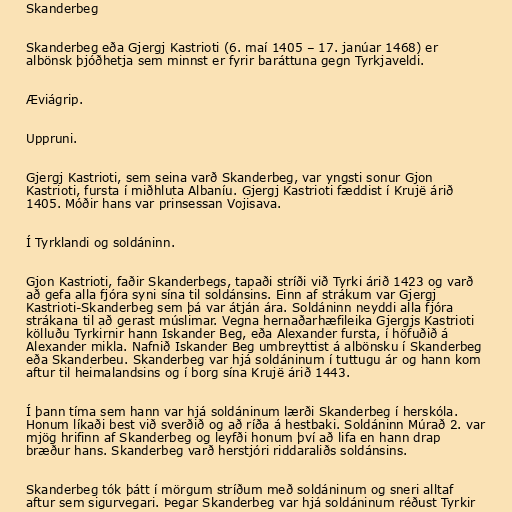
Skanderbeg

Skanderbeg eða Gjergj Kastrioti (6. maí 1405 – 17. janúar 1468) er
albönsk þjóðhetja sem minnst er fyrir baráttuna gegn Tyrkjaveldi.

Æviágrip.

Uppruni.

Gjergj Kastrioti, sem seina varð Skanderbeg, var yngsti sonur Gjon
Kastrioti, fursta í miðhluta Albaníu. Gjergj Kastrioti fæddist í Krujë árið
1405. Móðir hans var prinsessan Vojisava.

Í Tyrklandi og soldáninn.

Gjon Kastrioti, faðir Skanderbegs, tapaði stríði við Tyrki árið 1423 og varð
að gefa alla fjóra syni sína til soldánsins. Einn af strákum var Gjergj
Kastrioti-Skanderbeg sem þá var átján ára. Soldáninn neyddi alla fjóra
strákana til að gerast múslimar. Vegna hernaðarhæfileika Gjergjs Kastrioti
kölluðu Tyrkirnir hann Iskander Beg, eða Alexander fursta, í höfuðið á
Alexander mikla. Nafnið Iskander Beg umbreyttist á albönsku í Skanderbeg
eða Skanderbeu. Skanderbeg var hjá soldáninum í tuttugu ár og hann kom
aftur til heimalandsins og í borg sína Krujë árið 1443.

Í þann tíma sem hann var hjá soldáninum lærði Skanderbeg í herskóla.
Honum líkaði best við sverðið og að ríða á hestbaki. Soldáninn Múrað 2. var
mjög hrifinn af Skanderbeg og leyfði honum því að lifa en hann drap
bræður hans. Skanderbeg varð herstjóri riddaraliðs soldánsins.

Skanderbeg tók þátt í mörgum stríðum með soldáninum og sneri alltaf
aftur sem sigurvegari. Þegar Skanderbeg var hjá soldáninum réðust Tyrkir